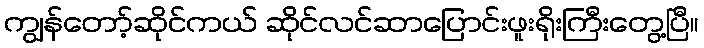
ကျွန်တော့်ဆိုင်ကယ် ဆိုင်လင်ဆာပြောင်းဖူးရိုးကြီးတွေ့ပြီ။